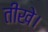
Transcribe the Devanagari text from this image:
तीखे।